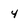
Character: 4